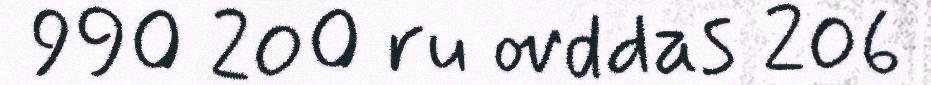
990 200 ru ovddas 206